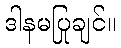
ဒါနမပြုချင်။